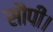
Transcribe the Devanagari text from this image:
सौपीं।